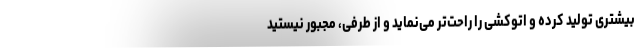
بیشتری تولید کرده و اتوکشی را راحت‌تر می‌نماید و از طرفی، مجبور نیستید